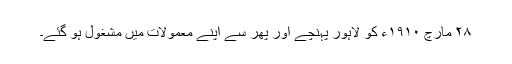
٢٨ مارچ ١٩١٠ء کو لاہور پہنچے اور پھر سے اپنے معمولات میں مشغول ہو گئے۔